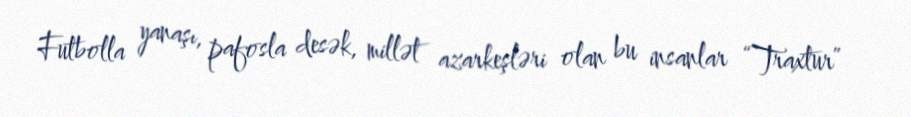
Futbolla yanaşı, pafosla desək, millət azarkeşləri olan bu insanlar “Traxtur”